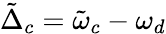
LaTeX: \tilde{\Delta}_{c}=\tilde{\omega}_{c}-\omega_{d}